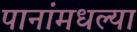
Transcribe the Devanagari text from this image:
पानांमधल्या